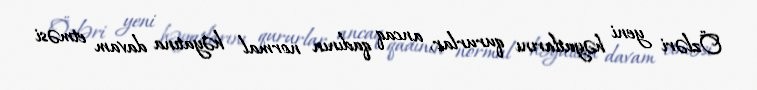
Özləri yeni həyatlarını qururlar, ancaq qadının normal həyatına davam etməsi